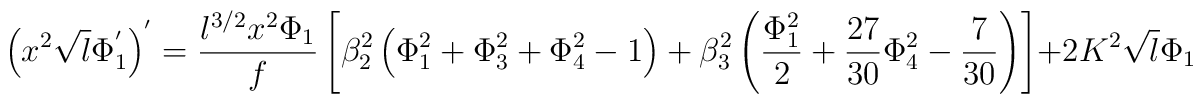
\left(x^2 \sqrt{l} \Phi_1^{'}\right)^{'}=\frac{l^{3/2} x^2 \Phi_1}{f}\left[\beta_2^2 \left(\Phi_1^2 + \Phi_3^2  + \Phi_4^2-1 \right) + \beta_3^2 \left(\frac{\Phi_1^2}{2}  + \frac{27}{30} \Phi_4^2 - \frac{7}{30} \right) \right] + 2 K^2 \sqrt{l}\Phi_1